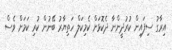
އިރާގު ސިފައިން ކުރުދީންނާ ދެކޮޅަށް ކެމިކަލް ހަތިޔާރު ބޭނުން ކުރި ކަމަށް ވެސް